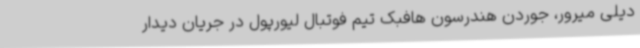
دیلی میرور، جوردن هندرسون هافبک تیم فوتبال لیورپول در جریان دیدار